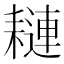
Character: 𦔖